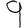
Digit: 9